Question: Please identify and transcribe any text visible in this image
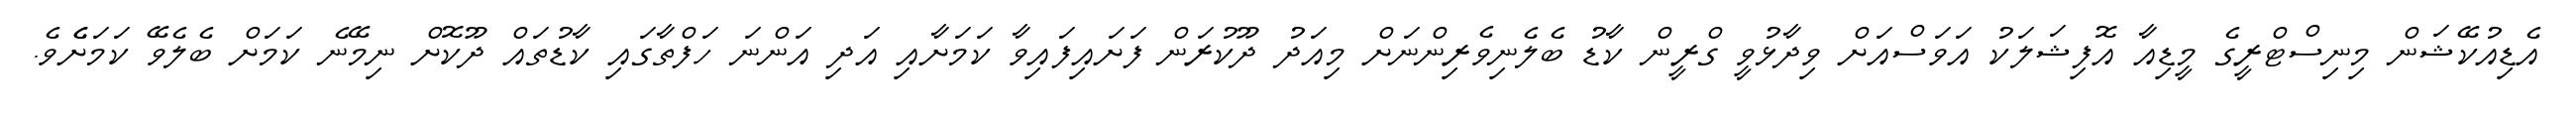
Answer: އެޑިއުކޭޝަން މިނިސްޓްރީގެ މީޑިއާ އޮފިޝަލަކު އަވަސްއަށް ވިދާޅުވީ ގްރީން ކާޑު ބެލެނިވެރިންނަށް މިއަދު ދޫކުރަން ފަށައިފައިވާ ކަމަށާއި އަދި އަންނަ ހަފްތާގައި ކާޑުތައް ދޫކޮށް ނިމޭނެ ކަމަށް ބެލެވޭ ކަމަށެެވެ.